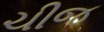
ચીજ